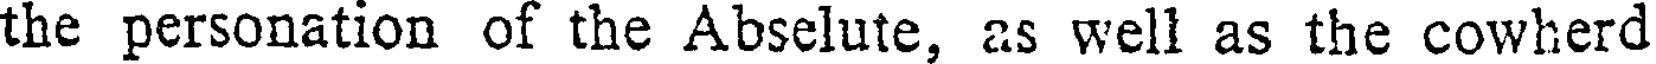
the personation of the Abselute, as well as the cowherd